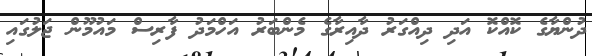
ދުންޔާގެ ކޮއްކޮ އަދި ދިއްގަރު ދާއިރާގެ މެންބަރު އަހްމަދު ފާރިސް މައުމޫން ޖަލުގައި